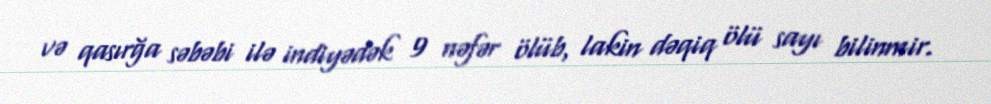
və qasırğa səbəbi ilə indiyədək 9 nəfər ölüb, lakin dəqiq ölü sayı bilinmir.